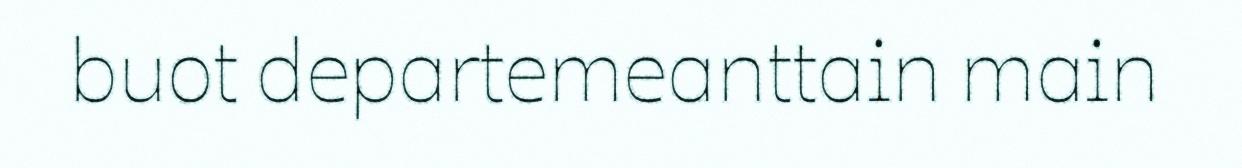
buot departemeanttain main